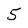
Character: 5